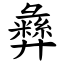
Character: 彝